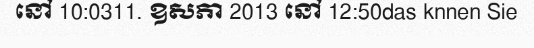
នៅ 10:0311. ឧសភា 2013 នៅ 12:50das knnen Sie